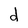
Character: d